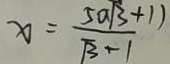
x = \frac { 5 a \sqrt { 3 } + 1 1 } { \sqrt { 3 } + 1 }